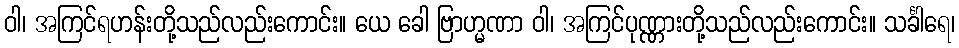
ဝါ၊ အကြင်ရဟန်းတို့သည်လည်းကောင်း။ ယေ ခေါ ဗြာဟ္မဏာ ဝါ၊ အကြင်ပုဏ္ဏားတို့သည်လည်းကောင်း။ သင်္ခါရေ၊